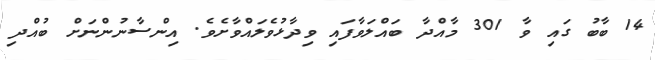
14 ބާބު ގައި ވާ 301 މާއްދާ ބައްލަވާފައި ވިދާޅުވެލައްވާށެވެ. އިންސާނުންނަށް ބުއްދި